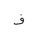
Letter: _fa